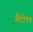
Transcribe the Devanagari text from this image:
गैटेल